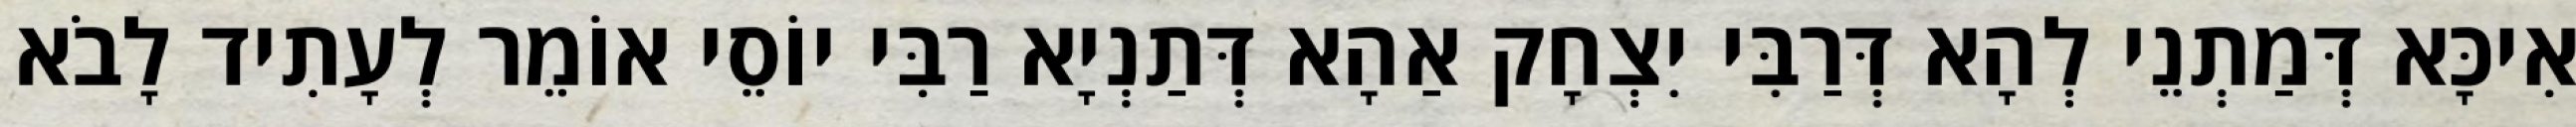
אִיכָּא דְּמַתְנֵי לְהָא דְּרַבִּי יִצְחָק אַהָא דְּתַנְיָא רַבִּי יוֹסֵי אוֹמֵר לְעָתִיד לָבֹא